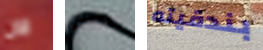
الآن نقالة بندقيته